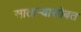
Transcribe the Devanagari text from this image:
सातार्‍यासोबत